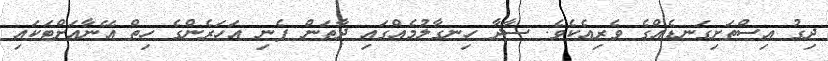
ދިގު އިސްތަށިގަނޑެއްގެ ވެރިއެކެވެ. ސާދާ ހިނގާލުމެއްގައި ދާތަން ފެނި އަހަރެންގެ ހިތް އޭނާއަށްޓަކައި